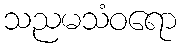
သညမသံဝရော